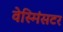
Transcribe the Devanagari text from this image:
वेस्मिंसटर